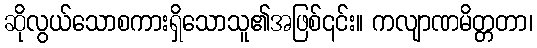
ဆိုလွယ်သောစကားရှိသောသူ၏အဖြစ်၎င်း။ ကလျာဏမိတ္တတာ၊